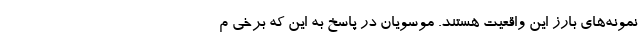
نمونه‌های بارز این واقعیت هستند. موسویان در پاسخ به این که برخی م